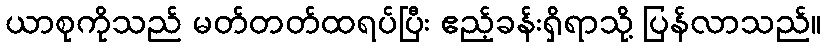
ယာစုကိုသည် မတ်တတ်ထရပ်ပြီး ဧည့်ခန်းရှိရာသို့ ပြန်လာသည်။